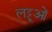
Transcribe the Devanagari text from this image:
लट्टूओं